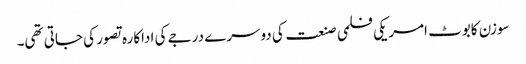
سوزن کابوٹ امریکی فلمی صنعت کی دوسرے درجے کی اداکارہ تصور کی جاتی تھی۔